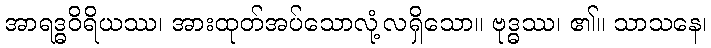
အာရဒ္ဓဝိရိယဿ၊ အားထုတ်အပ်သောလုံ့လရှိသော။ ဗုဒ္ဓဿ၊ ၏။ သာသနေ၊